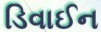
ડિવાઈન